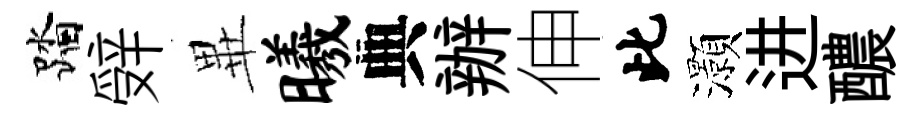
踏辤𭺾曦典辦伸此灝进醲